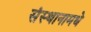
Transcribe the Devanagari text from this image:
संस्थानामधे